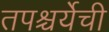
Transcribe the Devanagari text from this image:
तपश्चर्येची